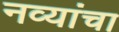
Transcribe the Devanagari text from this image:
नव्यांचा